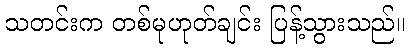
သတင်းက တစ်မုဟုတ်ချင်း ပြန့်သွားသည်။